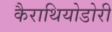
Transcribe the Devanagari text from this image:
कैराथियोडोरी